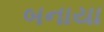
બનાયા